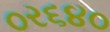
૦ર૬૪૦